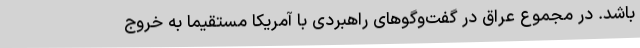
باشد. در مجموع عراق در گفت‌وگوهای راهبردی با آمریکا مستقیما به خروج